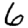
Digit: 6